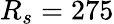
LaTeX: R_{s}=275